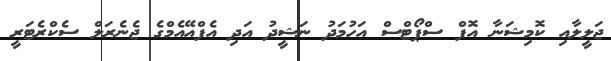
ޖަލީލާއި ކޮމިޝަނާ އޮފް ސްޕޯޓްސް އަހުމަދު ނަޝީދު އަދި އެފްއޭއެމްގެ ޖެނެރަލް ސެކްރެޓަރީ